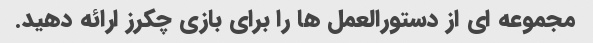
مجموعه ای از دستورالعمل ها را برای بازی چکرز ارائه دهید.